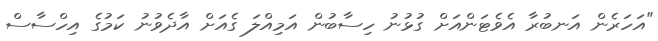
"އަހަރެން އަނބުރާ އެވެޓަންއަށް ގުޅުނު ހިސާބުން އަމިއްލަ ގެއަށް އާދެވުނު ކަމުގެ އިހްސާސް